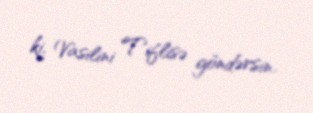
ki, Vasilini Tiflisə göndərsin.